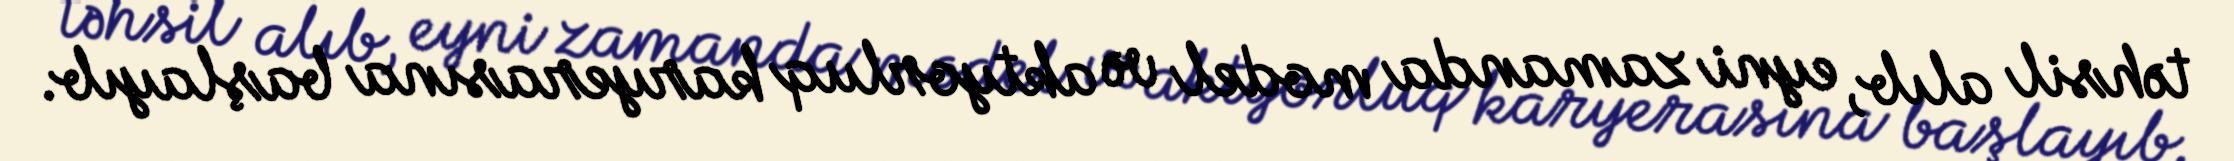
təhsil alıb, eyni zamanda model və aktyorluq karyerasına başlayıb.